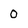
Character: 0